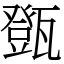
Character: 㽅